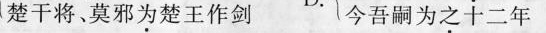
楚干将、莫邪为楚王作剑 今吾嗣为之十二年